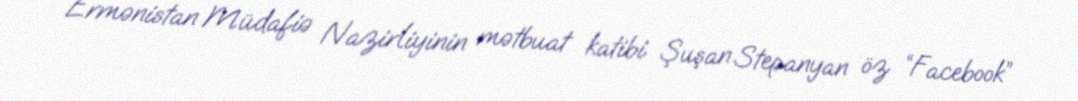
Ermənistan Müdafiə Nazirliyinin mətbuat katibi Şuşan Stepanyan öz “Facebook”